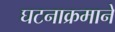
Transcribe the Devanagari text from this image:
घटनाक्रमाने